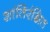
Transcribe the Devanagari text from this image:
शांतिरंक्षित